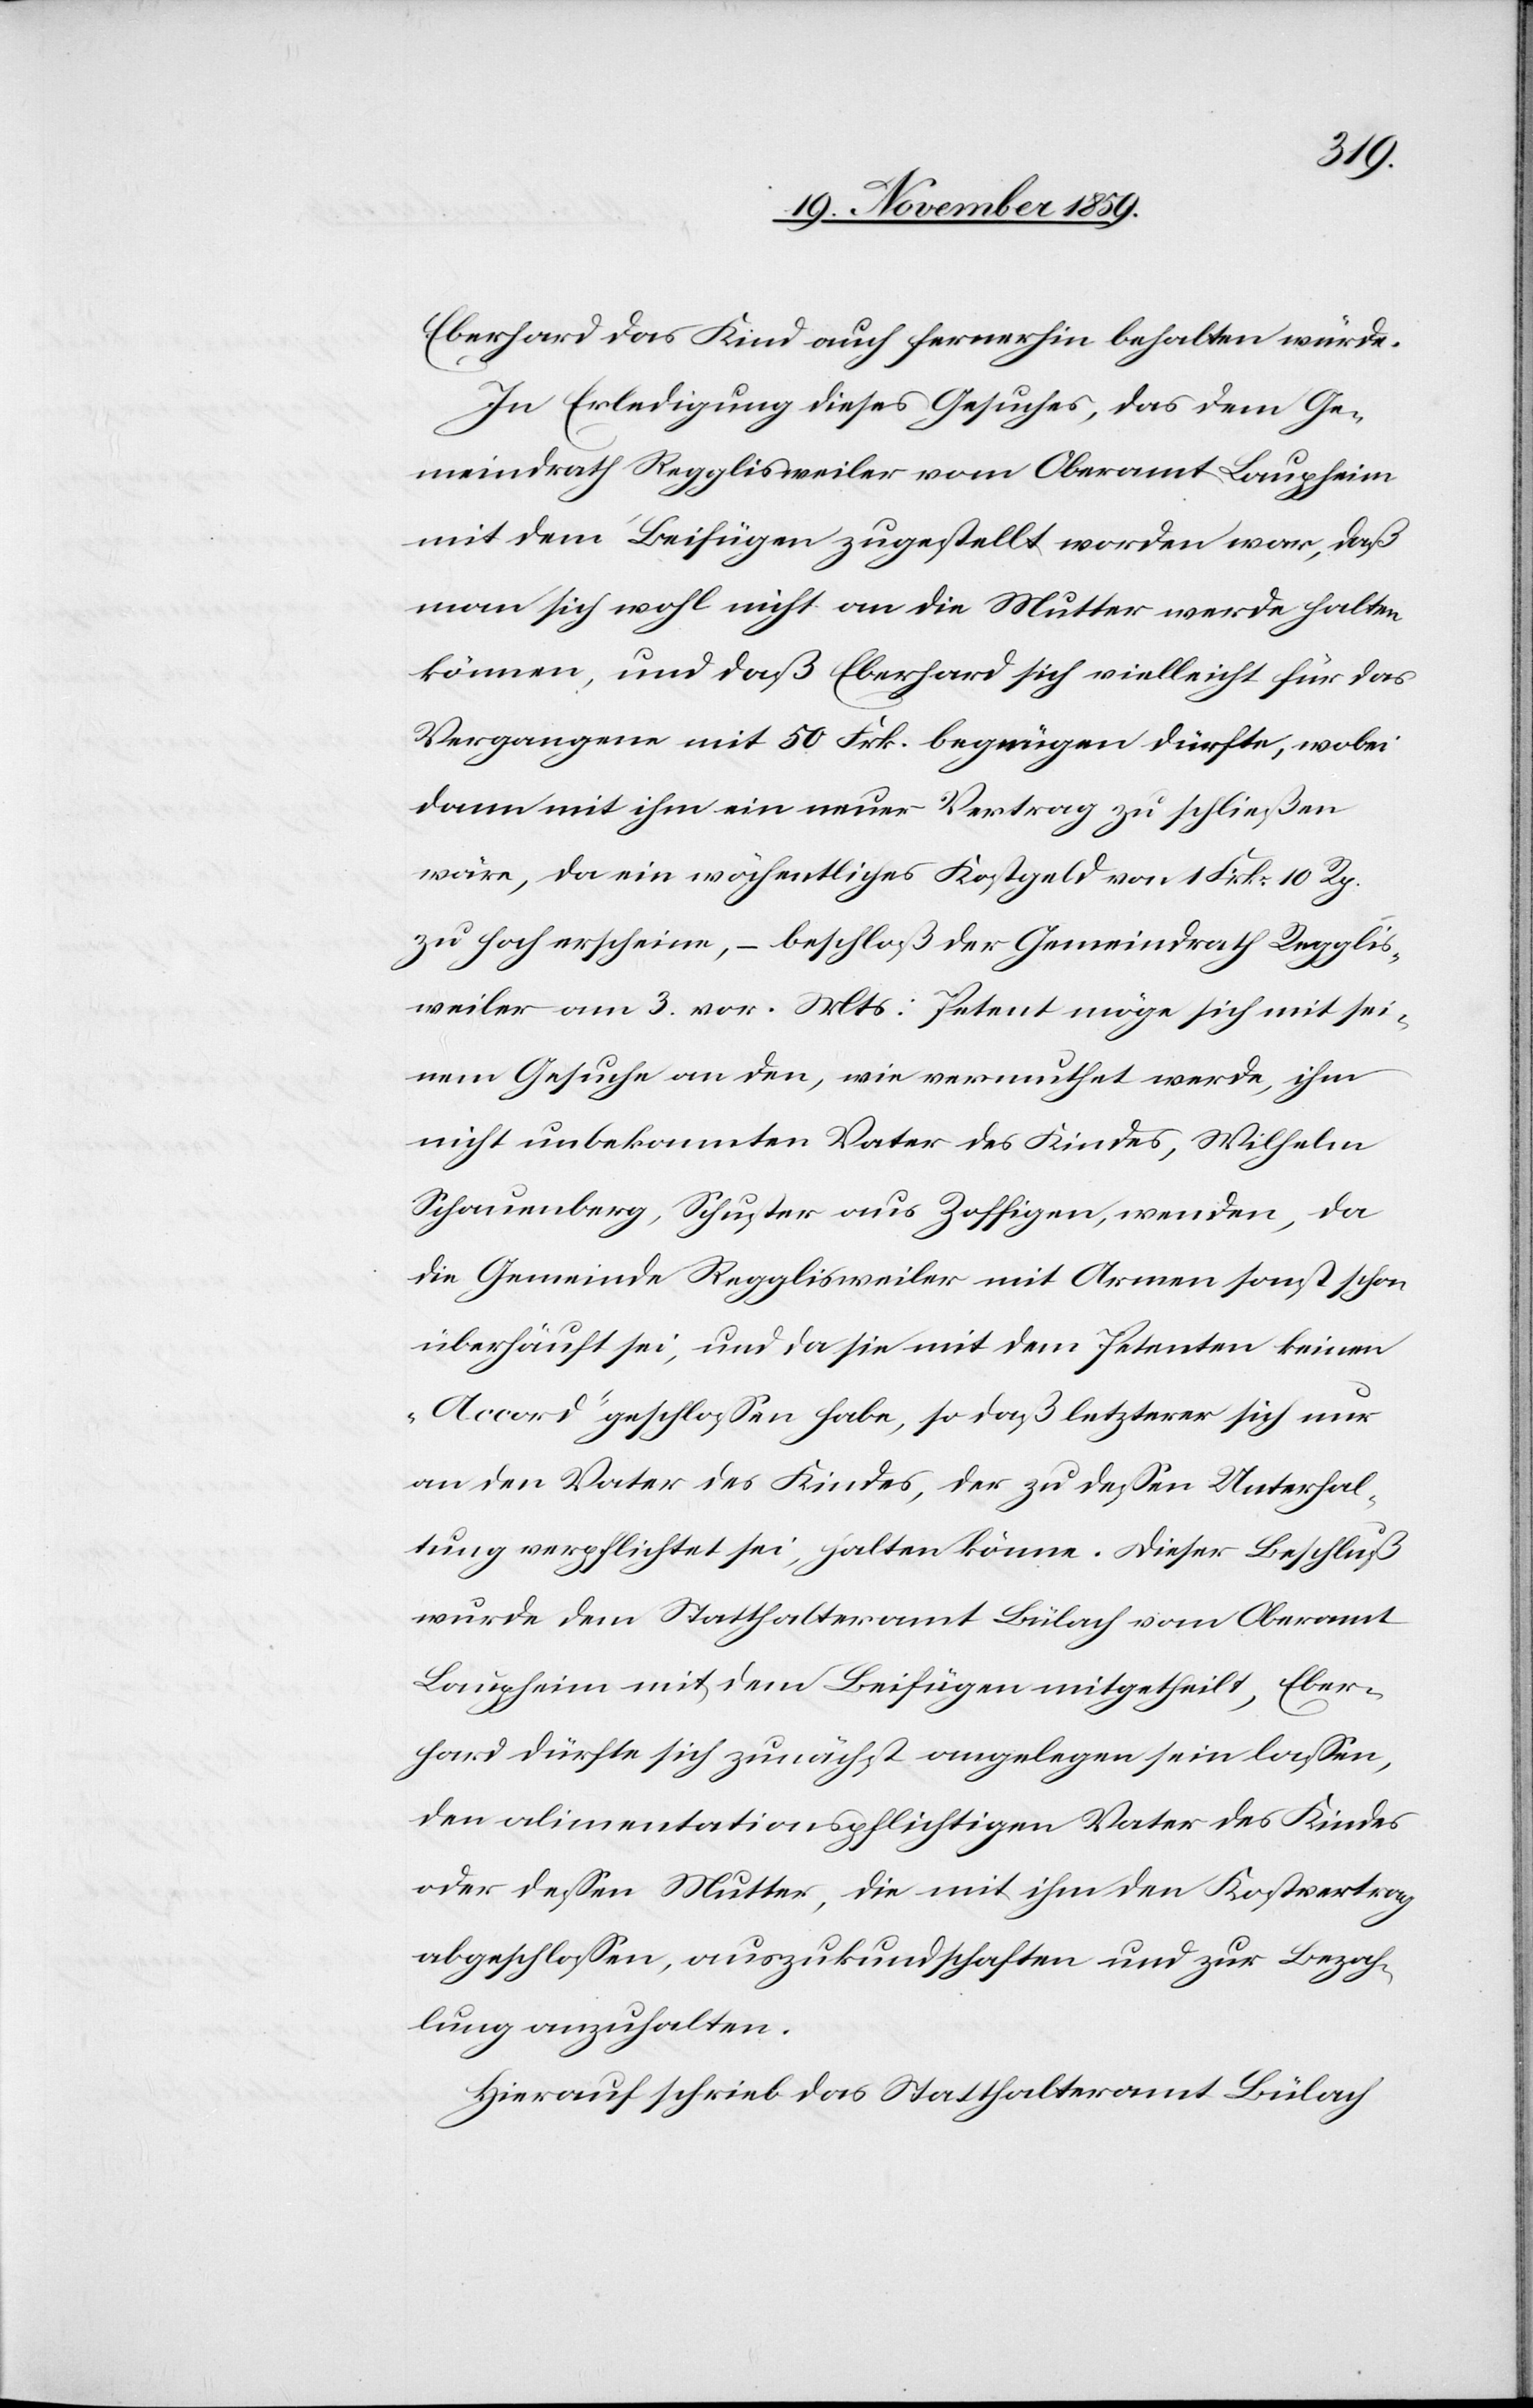
Eberhard das Kind auch fernerhin behalten würde.
In Erledigung dieses Gesuches, das dem Ge¬
meindrath Regglisweiler vom Oberamt Laupheim
mit dem Beifügen zugestellt worden war, daß
man sich wohl nicht an die Mutter werde halten
können, und daß Eberhard sich vielleicht für das
Vergangene mit 50 Frk. begnügen dürfte, wobei
dann mit ihm ein neuer Vertrag zu schließen
wäre, da ein wöchentliches Kostgeld von 1 Frk. 10 Rp.
zu hoch erscheine, – beschloß der Gemeindrath Regglis¬
weiler am 3. vor. Mts: Petent möge sich mit sei¬
nem Gesuche an den, wie vermuthet werde, ihm
nicht unbekannten Vater des Kindes, Wilhelm
Schauenberg, Schuster aus Zoffigen, wenden, da
die Gemeinde Regglisweiler mit Armen sonst schon
überhäuft sei, und da sie mit dem Petenten keinen
„Accord“ geschlossen habe, so daß letzterer sich nur
an den Vater des Kindes, der zu dessen Unterhal¬
tung verpflichtet sei, halten könne. Dieser Beschluß
wurde dem Statthalteramt Bülach vom Oberamt
Laupheim mit dem Beifügen mitgetheilt, Eber¬
hard dürfte sich zunächst angelegen sein lassen,
den alimentationspflichtigen Vater des Kindes
oder dessen Mutter, die mit ihm den Kostvertrag
abgeschlossen, auszukundschaften und zur Bezah¬
lung anzuhalten.
Hierauf schrieb das Statthalteramt Bülach